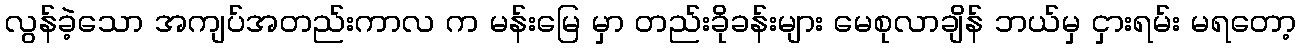
လွန်ခဲ့သော အကျပ်အတည်းကာလ က မန်းမြေ မှာ တည်းခိုခန်းများ မေစုလာချိန် ဘယ်မှ ငှားရမ်း မရတော့